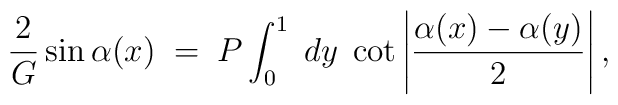
{2\over G} \sin\alpha(x)\;=\;P\int_0^1\;dy\;\cot\left|{\alpha(x)-\alpha(y)\over 2}\right|,